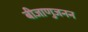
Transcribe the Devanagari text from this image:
बीजाणुजनन